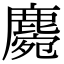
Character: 𪋅